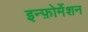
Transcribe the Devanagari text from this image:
इन्फ़ोर्मेशन